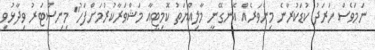
ނަމަވެސް ހަރަދު ކުޑަކުރާނެ މިންވަރެއް އެނގޭނީ މާލިއްޔަތު ކޮމިޓީއާ މަޝްވަރާކުރުމަށްފަހު" މިނިސްޓަރު ވިދާޅުވި